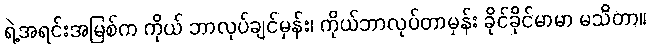
ရဲ့အရင်းအမြစ်က ကိုယ် ဘာလုပ်ချင်မှန်း၊ ကိုယ်ဘာလုပ်တာမှန်း ခိုင်ခိုင်မာမာ မသိတာ။